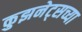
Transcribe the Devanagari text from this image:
कुझनेट्सच्या